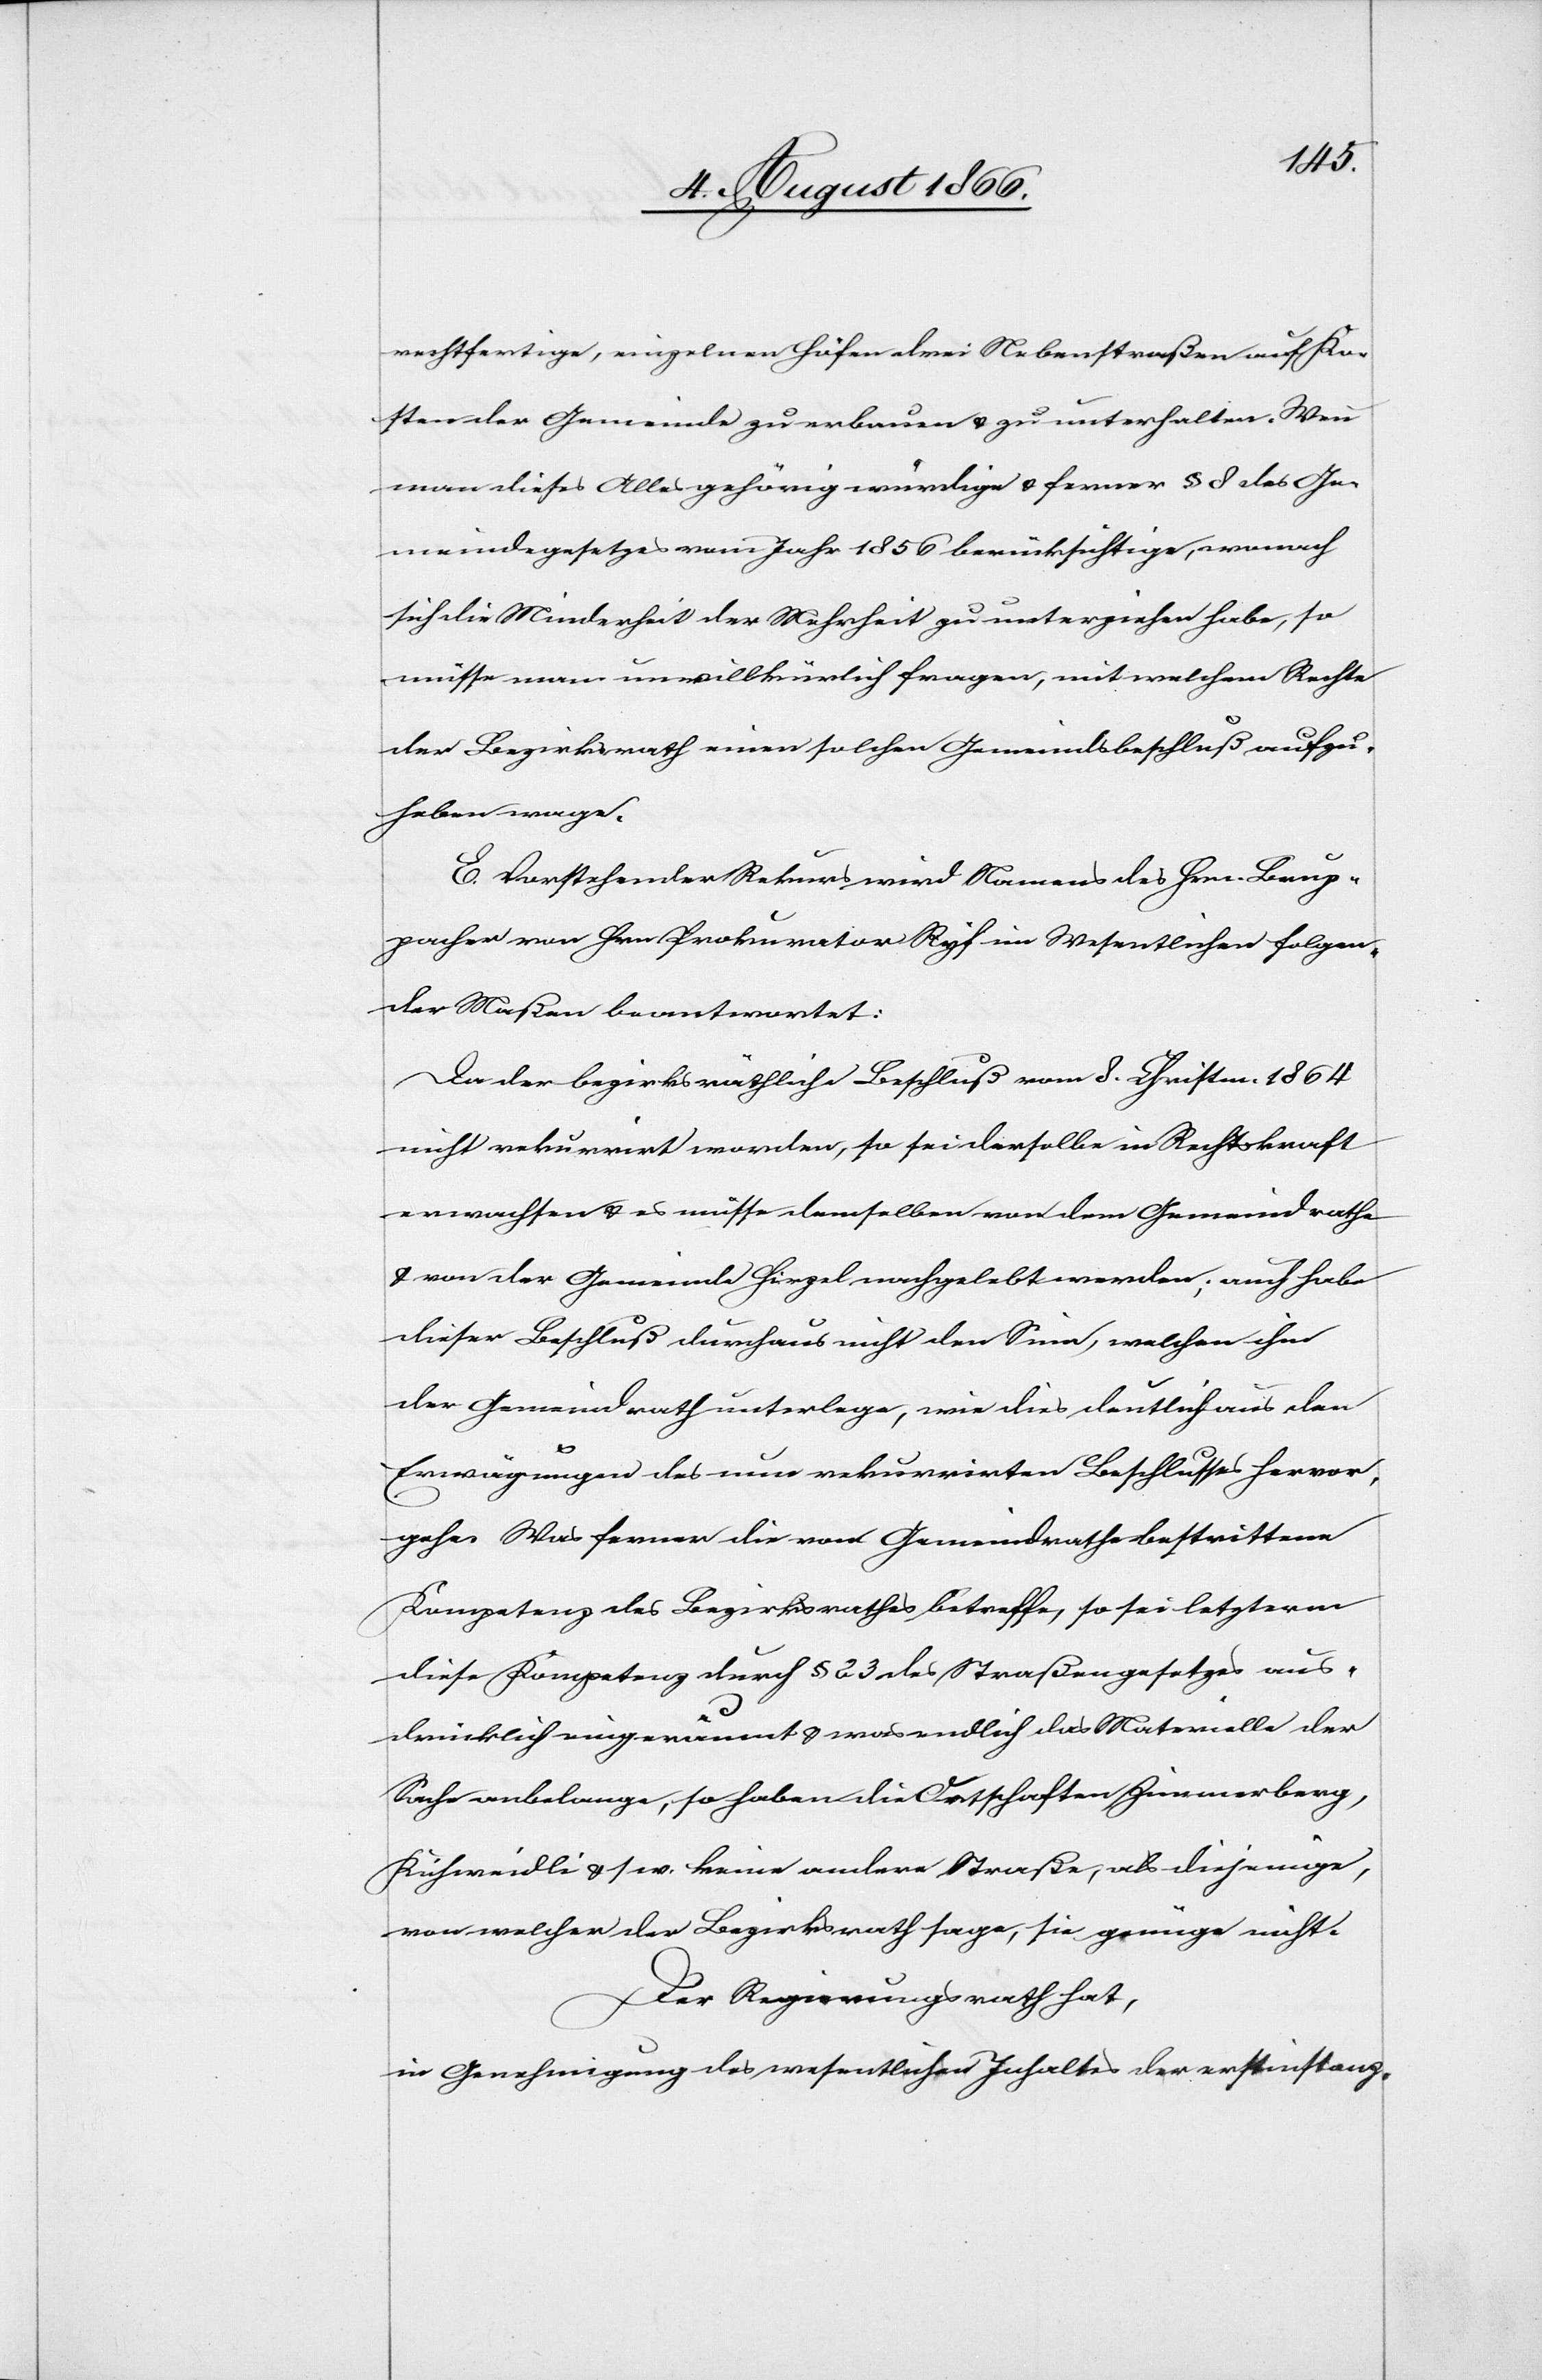
rechtfertige, einzelnen Höfen drei Nebenstraßen auf Ko¬
sten der Gemeinde zu erbauen u. zu unterhalten. Wenn
man dieses Alles gehörig würdige u. ferner § 8 des Ge¬
meindegesetzes vom Jahr 1856 berücksichtige, wonach
sich die Minderheit der Mehrheit zu unterziehen habe, so
müsse man unwillkürlich fragen, mit welchem Rechte
der Bezirksrath einen solchen Gemeindsbeschluß aufzu¬
heben wage.
E. Vorstehender Rekurs wird Namens des Hrn. Brup¬
pacher von Hrn. Prokurator Ryf im Wesentlichen folgen¬
der Maßen beantwortet:
Da der bezirksräthliche Beschluß vom 8. Christm. 1864
nicht rekurrirt worden, so sei derselbe in Rechtskraft
erwachsen u. es müsse demselben von dem Gemeindrathe
u. von der Gemeinde Hirzel nachgelebt werden; auch habe
dieser Beschluß durchaus nicht den Sinn, welchen ihm
der Gemeindrath unterlege, wie dies deutlich aus den
Erwägungen des nun rekurrirten Beschlusses hervor¬
gehe. Was ferner die vom Gemeindrathe bestrittene
Kompetenz des Bezirksrathes betreffe, so sei letzterm
diese Kompetenz durch § 23 des Straßengesetzes aus¬
drücklich eingeräumt u. was endlich das Materielle der
Sache anbelange, so haben die Ortschaften Zimmerberg,
Kühweidli u. s. w. keine andere Straße, als diejenige,
von welcher der Bezirksrath sage, sie genüge nicht.
Der Regierungsrath hat,
in Genehmigung des wesentlichen Inhaltes der erstinstanz-